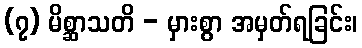
(၇) မိစ္ဆာသတိ - မှားစွာ အမှတ်ရခြင်း၊